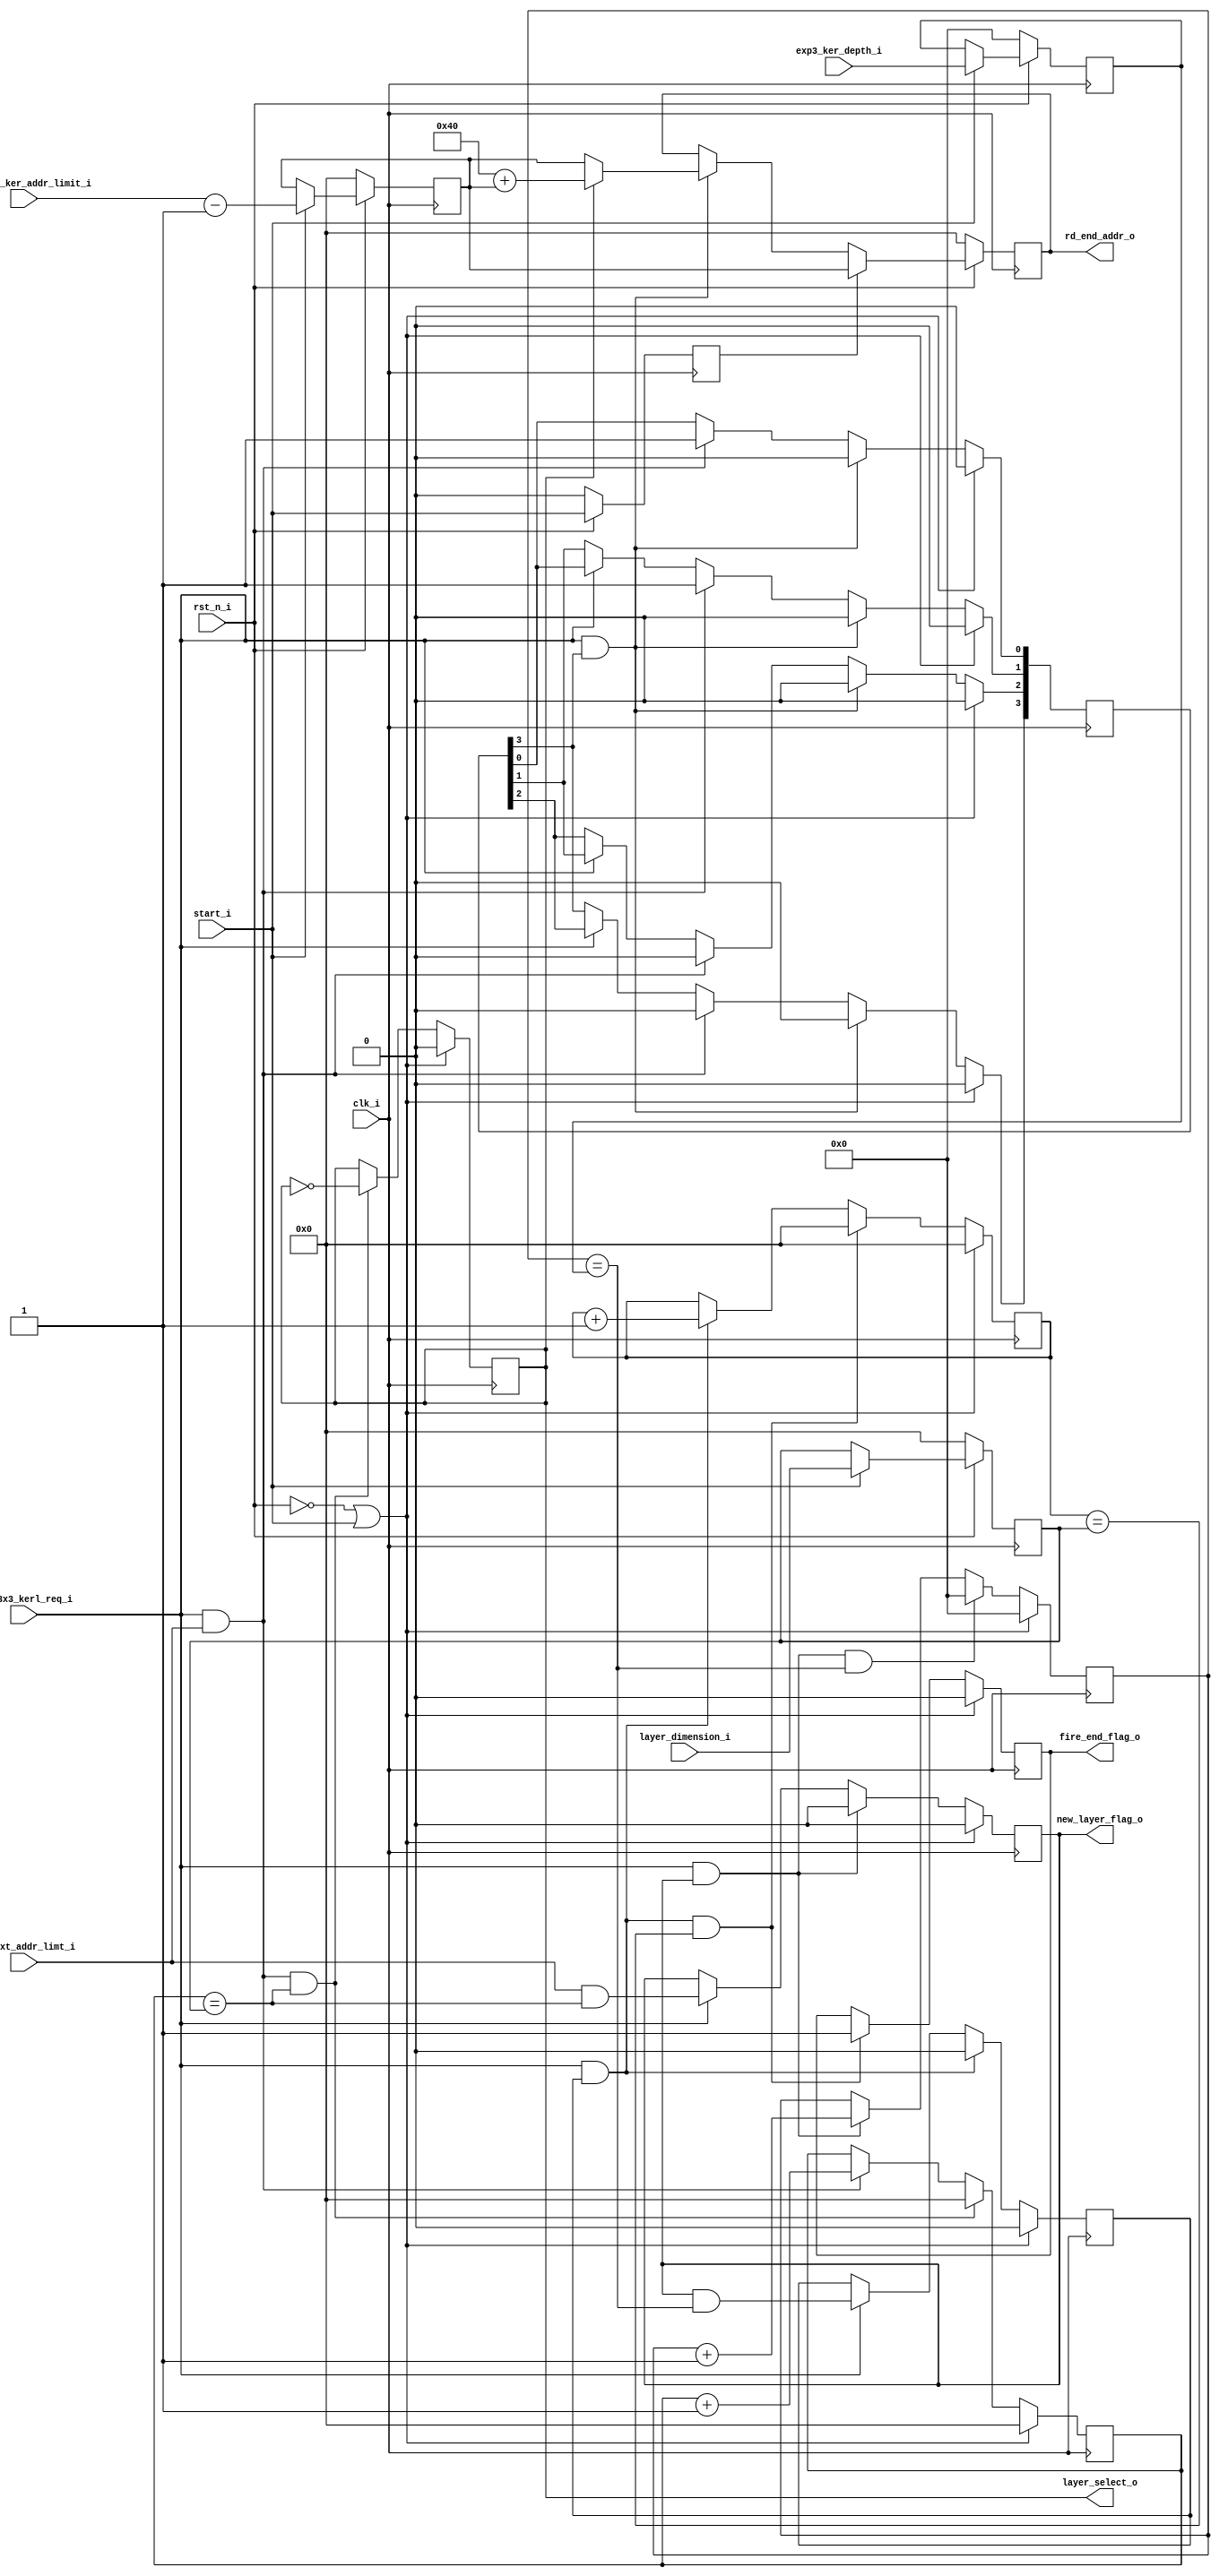
//**************************************************************************************************
// Project/Product : IDCT
// Description     : Inverse Discrete Cosine Transform 
//                   row and column 1D IDCT operation 
//                   with 3 stage pipeline in each 1D IDCT
// Dependencies    : global_defs.v, global_func.v, synch_fifo.v
// References      : 
//
//**************************************************************************************************
   
`timescale 1ns / 1ps

module read_config_exp_3x3(
	clk_i,
	rst_n_i,

	start_i,
	one_exp3_ker_addr_limit_i,
	exp3_ker_depth_i,
	layer_dimension_i,

	chk_nxt_addr_limt_i,
	exp_3x3_kerl_req_i,
	rd_end_addr_o,
	layer_select_o,
	new_layer_flag_o,
	fire_end_flag_o
);


//----------------------------------------------------------------------------------------------------------------------
// Global constant and function headers
//----------------------------------------------------------------------------------------------------------------------

//----------------------------------------------------------------------------------------------------------------------
// parameter definitions
//----------------------------------------------------------------------------------------------------------------------

//----------------------------------------------------------------------------------------------------------------------
// localparam definitions
//----------------------------------------------------------------------------------------------------------------------

	/*
		Configurations :-
		one_exp3_ker_addr_limit_i 	:- [NO of expand kernals / 4]
		exp3_ker_depth_i 	  		:- [depth - 1]
		layer_dimension_i 			:- [dimnision -1]
	*/

//----------------------------------------------------------------------------------------------------------------------
// I/O signals
//----------------------------------------------------------------------------------------------------------------------

	// System Clock Signals
	input 															clk_i;
	input 															rst_n_i;

	// Configuration Control Signals
	input 															start_i;
	input 						[6:0] 								one_exp3_ker_addr_limit_i;
	input 						[5:0] 								exp3_ker_depth_i;
	input 						[6:0]								layer_dimension_i;

	// Layer Control Signals
	input 															chk_nxt_addr_limt_i;
	input 															exp_3x3_kerl_req_i;
	output 	reg					[6:0] 								rd_end_addr_o;
	output 	reg 													layer_select_o;
	output 	reg 													new_layer_flag_o;
	output 	reg	 													fire_end_flag_o;

//----------------------------------------------------------------------------------------------------------------------
// Internal wires and registers
//----------------------------------------------------------------------------------------------------------------------
			
	// Write Address Control Signals
	reg 						[6:0] 								r_layer_addr_space;
	reg 						[5:0] 								r_kernal_no;
	reg 						[6:0] 								r_layer_dim;

	reg 						[6:0] 								r_col_count;
	reg 						[5:0] 								r_kernal_count;
	reg 															r_row_flag;
	reg 						[6:0] 								r_row_count;

	reg 						[3:0] 								r_end_addr_flag;
	reg 							 								r_new_config_flag;

//----------------------------------------------------------------------------------------------------------------------
// Implmentation
//----------------------------------------------------------------------------------------------------------------------

	// Configuration COntrol Signals
	always @(posedge clk_i) begin : CONFIG
		if(~rst_n_i) begin
			r_layer_addr_space 	<= 0;
			r_kernal_no 		<= 0;
			r_layer_dim 		<= 0;
		end 
		else if(start_i) begin
			r_layer_addr_space 	<= one_exp3_ker_addr_limit_i - 1;
			r_kernal_no 		<= exp3_ker_depth_i;
			r_layer_dim 		<= layer_dimension_i;
		end
	end

	// New Config Flag
	always @(posedge clk_i) begin : NEW_CONFIG_FLAG
		if(~rst_n_i) begin
			r_new_config_flag <= 0;
		end else begin
			r_new_config_flag <= start_i;
		end
	end

	// Column Count
	always @(posedge clk_i) begin : COL_COUNT
		if(~rst_n_i || start_i) begin
			r_col_count <= 0;
		end 
		else if(exp_3x3_kerl_req_i && chk_nxt_addr_limt_i && r_col_count == r_layer_dim) begin
			r_col_count <= 0;
		end 
		else if(exp_3x3_kerl_req_i && chk_nxt_addr_limt_i) begin
			r_col_count <= r_col_count + 1;
		end
	end

	// Layer Select
	always @(posedge clk_i) begin : LAYER_SELECT
		if(~rst_n_i || start_i) begin
			layer_select_o <= 0;
		end 
		else if(exp_3x3_kerl_req_i && chk_nxt_addr_limt_i && r_col_count == r_layer_dim) begin
			layer_select_o <= ~layer_select_o;
		end
	end

	// New LAYER Flag
	always @(posedge clk_i) begin : NEW_LAYER_FLAG
		if(~rst_n_i || start_i) begin
			new_layer_flag_o <= 0;
		end 
		else if(exp_3x3_kerl_req_i && new_layer_flag_o) begin
			new_layer_flag_o <= 0;
		end 
		else if(exp_3x3_kerl_req_i) begin
			new_layer_flag_o <= (chk_nxt_addr_limt_i && r_col_count == r_layer_dim);
		end
	end

	// Kernal Count
	always @(posedge clk_i) begin : KERNAL_COUNT
		if(~rst_n_i || start_i) begin
			r_kernal_count <= 0;
		end 
		else if(exp_3x3_kerl_req_i && new_layer_flag_o && r_kernal_count == r_kernal_no) begin
			r_kernal_count <= 0;
		end 
		else if(exp_3x3_kerl_req_i && new_layer_flag_o) begin
			r_kernal_count <= r_kernal_count + 1;
		end
	end

	// ROW Flag
	always @(posedge clk_i) begin : ROW_FLAG
		if(~rst_n_i || start_i) begin
			r_row_flag <= 0;
		end 
		else if(exp_3x3_kerl_req_i && r_row_flag) begin
			r_row_flag <= 0;
		end 
		else if(exp_3x3_kerl_req_i) begin
			r_row_flag <= (new_layer_flag_o && r_kernal_count == r_kernal_no);
		end
	end

	// ROW Count
	always @(posedge clk_i) begin : ROW_COUNT
		if(~rst_n_i || start_i) begin
			r_row_count <= 0;
		end
		else if(exp_3x3_kerl_req_i && r_row_flag && r_row_count == r_layer_dim) begin
			r_row_count <= 0;
		end 
		else if(exp_3x3_kerl_req_i && r_row_flag)begin
			r_row_count <= r_row_count + 1;
		end
	end

	// End Address Flag
	always @(posedge clk_i) begin : END_ADDR_FLAG
		if(~rst_n_i || start_i) begin
			r_end_addr_flag <= 0;
		end 
		else if(exp_3x3_kerl_req_i && r_end_addr_flag[3:3]) begin
			r_end_addr_flag <= 0;
		end 
		else if(exp_3x3_kerl_req_i && chk_nxt_addr_limt_i) begin
			r_end_addr_flag[1:0] <= 2'b11;
			r_end_addr_flag[3:2] <= 0;
		end
		else if(exp_3x3_kerl_req_i) begin
			r_end_addr_flag[1:1] <= r_end_addr_flag[0:0];
			r_end_addr_flag[2:2] <= r_end_addr_flag[1:1];
			r_end_addr_flag[3:3] <= r_end_addr_flag[2:2];
		end
	end
	// End Address
	always @(posedge clk_i) begin : END_ADDR
		if(~rst_n_i) begin
			rd_end_addr_o <= 0;
		end 
		else if(r_new_config_flag) begin
			rd_end_addr_o <= r_layer_addr_space;
		end 
		else if(r_end_addr_flag[3:3] && exp_3x3_kerl_req_i) begin
			rd_end_addr_o <= (layer_select_o) ? 64 + r_layer_addr_space : r_layer_addr_space;
		end
	end

	// FIRE End Flag
	always @(posedge clk_i) begin : FIRE_END_FLAG
		if(~rst_n_i || start_i) begin
			fire_end_flag_o <= 0;
		end 
		else if(exp_3x3_kerl_req_i && r_row_flag && r_row_count == r_layer_dim) begin // new_layer_flag_o && r_kernal_count == r_kernal_no
			fire_end_flag_o <= 1;
		end
	end
	

//----------------------------------------------------------------------------------------------------------------------
// Sub module instantiation
//----------------------------------------------------------------------------------------------------------------------


endmodule